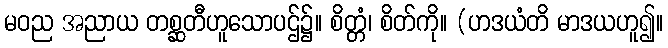
မဝည အညာယ တစ္ဆတီဟူသောပဌ်၌။ စိတ္တံ၊ စိတ်ကို။ (ဟဒယံတိ မာဒယဟူ၍။